Vaccination United Provinces of Agra and Oudh 1902-1913 - 1902-1913
Year: 1902
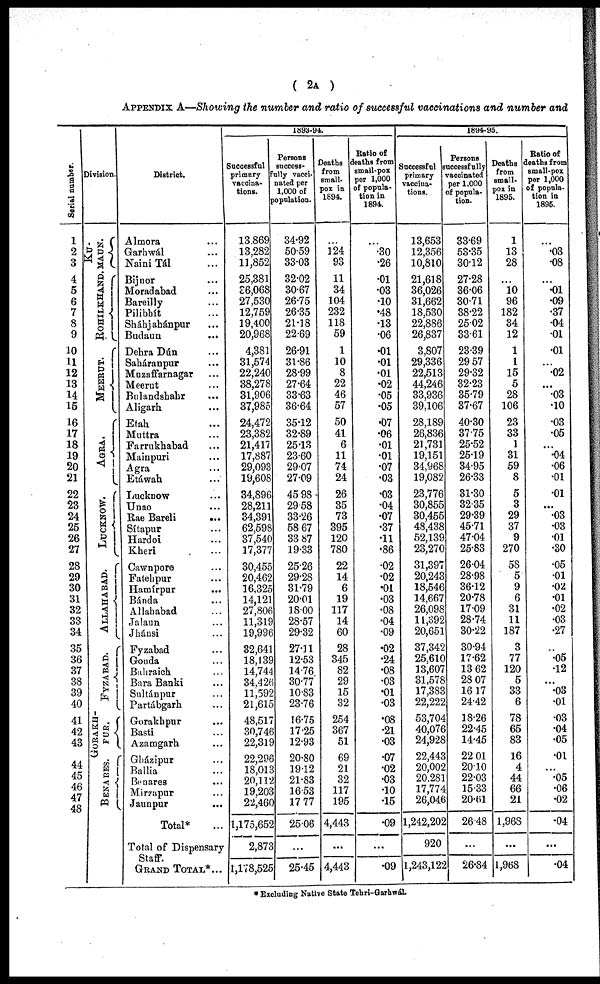
( 2A )
APPENDIX A—Showing the number and ratio of successful vaccinations and number and
Serial number.
1
2
3
4
5
6
7
8
9
10
11
12
13
14
15
16
17
18
19
20
21
22
23
24
25
26
27
28
29
30
31
32
33
34
35
36
37
38
39
40
41
42
43
44
45
46
46
48
Division.
KU-
MAUN.
ROHILKHAND.
MEERUT.
AGRA.
LUCKNOW.
ALLAHABAD.
FYZABAD.
GORAKH-
PUR.
BENARES.
District.
Almora ...
Garhwál ...
Naini Tál ...
Bijnor ...
Moradabad ...
Bareilly ...
Pilibhít ...
Sháhjahánpur ...
Budaun ...
Dehra Dún ...
Saháranpur ...
Muzaffarnagar ...
Meerut ...
Bulandshahr ...
Aligarh ...
Etah ...
Muttra ...
Farrukhabad ...
Mainpuri ...
Agra ...
Etáwah ...
Lucknow ...
Unao ...
Rae Bareli
...
Sítapur ...
Hardoi ...
Kheri ...
Cawnpore ...
Fatehpur ...
Hamírpur ...
Bánda ...
Allahabad ...
Jalaun ...
Jhánsi ...
Fyzabad ...
Gonda ...
Bahraich ...
Bara Banki ...
Sultánpur ...
Partábgarh ...
Gorakhpur ...
Basti ...
Azamgarh ...
Gházipur ...
Ballia ...
Benares ...
Mirzapur ...
Jaunpur ...
Total* ...
Total of Dispensary
Staff.
GRAND TOTAL*...
1893-94.
Successful
primary
vaccina-
tions.
13,869
13,282
11,852
25,381
36,068
27,530
12,759
19,400
20,968
4,381
31,574
22,240
38,278
31,906
37,985
24,472
23,382
21,417
17,887
29,093
19,608
34,896
28,211
34,391
62,598
37,540
17,377
30,455
20,462
16,325
14,121
27,806
11,319
19,996
32,641
18,139
14,744
34,426
11,592
21,615
48,517
30,746
22,319
22,296
18,013
20,112
19,203
22,460
1,175,652
2,873
1,178,525
Persons
success-
fully vacci-
nated per
1,000 of
population.
34.92
50.59
33.03
32.02
30.67
26.75
26.35
21.18
22.69
26.91
31.86
28.99
27.64
33.63
36.64
35.12
32.89
25.13
23.60
29.07
27.09
45.98
29.58
33.26
58.67
33.87
19.33
25.26
29.28
31.79
20.01
18.00
28.57
29.32
27.11
12.53
14.76
30.77
10.83
23.76
16.75
17.25
12.93
20.80
19.12
21.83
16.53
17.77
25.06
...
25.45
Deaths
from
small-
pox in
1894.
...
124
93
11
34
104
232
118
59
1
10
8
22
46
57
50
41
6
11
74
24
26
35
73
395
120
780
22
14
6
19
117
14
60
28
345
82
29
15
32
254
367
51
69
21
32
117
195
4,443
...
4,443
Ratio of
deaths from
small-pox
per 1,000
of popula-
tion in
1894.
...
.30
.26
.01
.03
.10
.48
.13
.06
.01
.01
.01
.02
.05
.05
.07
.06
.01
.01
.07
.03
.03
.04
.07
.37
.11
.86
.02
.02
.01
.03
.08
.04
.09
.02
.24
.08
.03
.01
.03
.08
.21
.03
.07
.02
.03
.10
.15
.09
...
.09
1894-95.
Successful
primary
vaccina-
tions.
13,653
12,356
10,810
21,618
36,026
31,662
18,530
22,886
26,837
3,807
29,336
22,513
44,246
33,936
39,106
28,189
26,836
21,731
19,151
34,968
19,082
23,776
30,855
30,455
48,438
52,139
23,270
31,397
20,243
18,546
14,667
26,098
11,392
20,651
37,342
25,610
13,607
31,578
17,383
22,222
53,704
40,076
24,928
22,443
20,002
20,281
17,774
26,046
1,242,202
920
1,243,122
Persons
successfully
vaccinated
per 1,000
of popula-
tion.
33.69
53.35
30.12
27.28
36.06
30.71
38.22
25.02
33.61
23.39
29.57
29.32
32.23
35.79
37.67
40.30
37.75
25.52
25.19
34.95
26.33
31.30
32.35
29.39
45.71
47.04
25.83
26.04
28.98
36.12
20.78
17.09
28.74
30.22
30.94
17.62
13.62
28.07
16.17
24.42
18.26
22.45
14.45
22.01
20.10
22.03
15.33
20.61
26.48
...
26.84
Deaths
from
small-
pox in
1895.
1
13
28
...
10
96
182
34
12
1
1
15
5
28
106
23
33
1
31
59
8
5
3
29
37
9
270
58
5
9
6
31
11
187
3
77
120
5
33
6
78
65
83
16
4
44
66
21
1,968
...
1,968
Ratio of
deaths from
small-pox
per 1,000
of popula-
tion in
1895.
...
.03
.08
...
.01
.09
.37
.04
.01
.01
...
.02
...
.03
.10
.03
.05
...
.04
.06
.01
.01
...
.03
.03
.01
.30
.05
.01
.02
.01
.02
.03
.27
...
.05
.12
...
.03
.01
.03
.04
.05
.01
...
.05
.06
.02
.04
...
.04
* Excluding Native State Tehri-GarhwáL